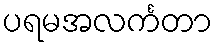
ပရမအလင်္ကတာ